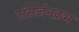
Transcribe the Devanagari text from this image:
संसर्जनक्रम